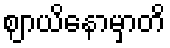
ဈာယိနောမှာတိ